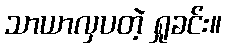
သာယာလှပတဲ့ ရှုခင်း။